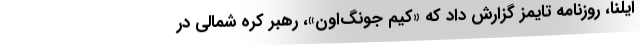
ایلنا، روزنامه تایمز گزارش داد که «کیم جونگ‌اون»، رهبر کره شمالی در